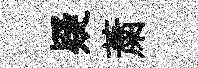
疑䔥